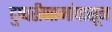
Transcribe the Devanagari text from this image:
दुष्परीणामांपासून